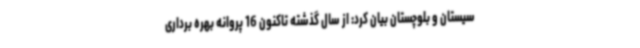
سیستان و بلوچستان بیان کرد: از سال گذشته تاکنون 16 پروانه بهره برداری